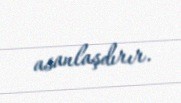
asanlaşdırır.